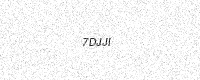
Text: 7DJJI